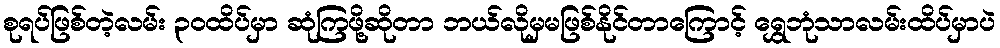
စုရပ်ဖြစ်တဲ့လမ်း ၃၀ထိပ်မှာ ဆုံကြဖို့ဆိုတာ ဘယ်လိုမှမဖြစ်နိုင်တာကြောင့် ရွှေဘုံသာလမ်းထိပ်မှာပဲ